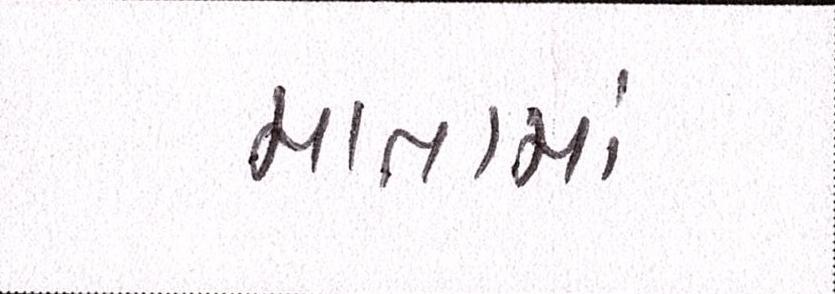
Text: માતામાં